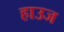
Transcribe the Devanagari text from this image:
हाउज